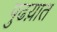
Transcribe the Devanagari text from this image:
पुढय़ात